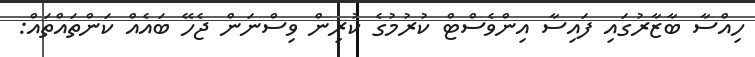
ހިއްސާ ބާޒާރުގައި ފައިސާ އިންވެސްޓް ކުރުމުގެ ކުރިން ވިސްނަން ޖެހޭ ބައެއް ކަންތައްތައް: